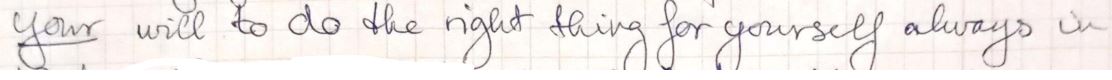
your will to do the right thing for yourself always in